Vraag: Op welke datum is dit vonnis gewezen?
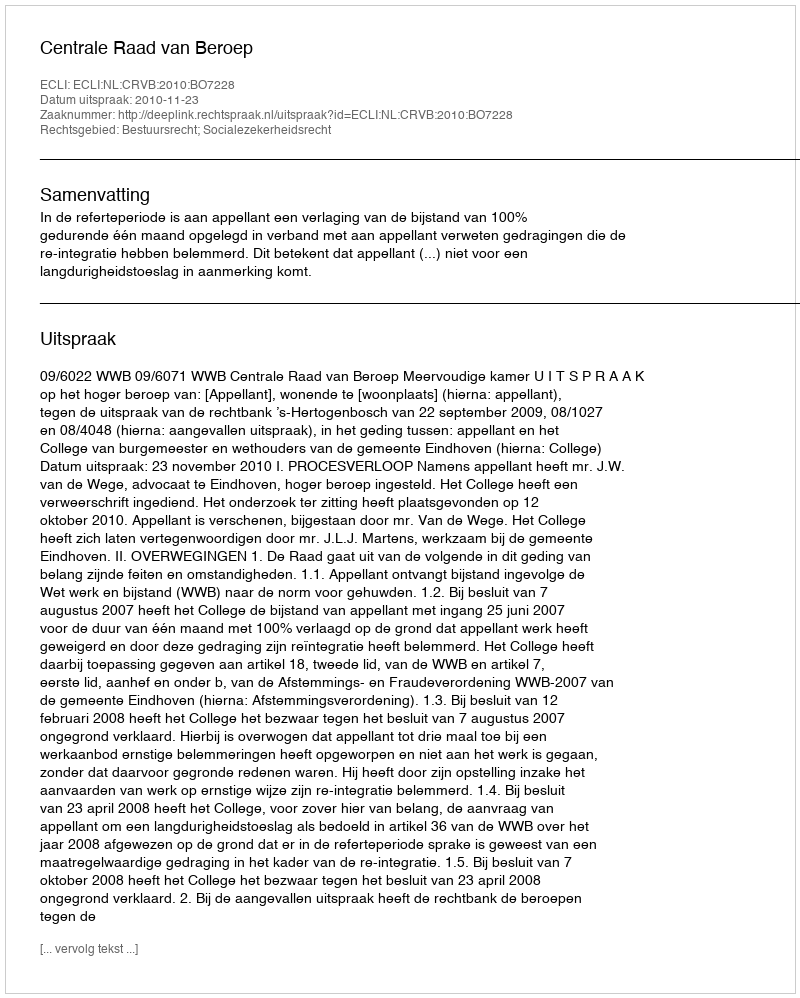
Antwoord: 2010-11-23